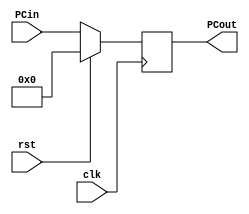
//`timescale 10ns/1ns
module PC(rst, clk, PCin, PCout); 
input clk, rst;
input [31:0] PCin;
output reg [31:0] PCout;

initial begin
PCout = 32'b00000000000000000000000000000000;
end

always @(negedge clk) begin 
//always @(*) begin
if (rst)
begin 
PCout <= 32'b00000000000000000000000000000000;
end
else 
begin
PCout <= PCin; 
end
end 
endmodule